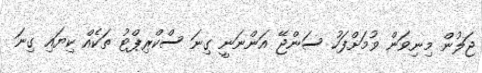
ޖަލުން މިނިވަން ވުމަށްފަހު ސަންޖޭ އަންނަނީ ގިނަ ސްކްރިޕްޓު ތަކެއް ކިޔައި ގިނަ